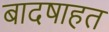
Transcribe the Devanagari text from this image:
बादषाहत